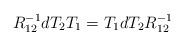
LaTeX: \begin{align*}R_{12}^{-1} dT_2 T_1 = T_1 dT_2 R_{12}^{-1}\end{align*}